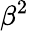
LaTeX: \beta^{2}